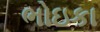
ભોઇકા